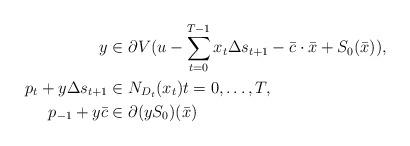
LaTeX: \begin{align*}y &\in\partial V(u-\sum_{t=0}^{T-1} x_t\Delta s_{t+1}-\bar c\cdot\bar x+S_0(\bar x)),\\p_t+y\Delta s_{t+1} &\in N_{D_t}(x_t)t=0,\dots,T,\\p_{-1}+y\bar c&\in\partial(yS_0)(\bar x)\end{align*}